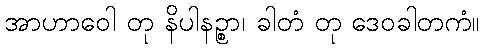
အာဟာဝေါ တု နိပါနဉ္စာ၊ ခါတံ တု ဒေဝခါတကံ။